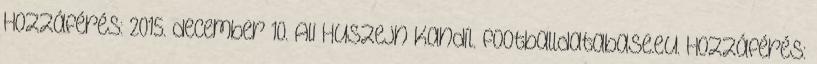
Hozzáférés: 2015. december 10. Ali Huszejn Kandíl. footballdatabase.eu. Hozzáférés: